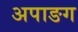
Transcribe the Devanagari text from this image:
अपाङग